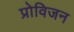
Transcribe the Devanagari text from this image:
प्रोविजन